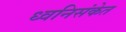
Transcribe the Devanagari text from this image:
ध्वनिसंकेत